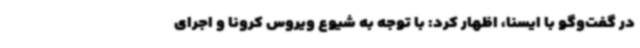
در گفت‌وگو با ایسنا، اظهار کرد: با توجه به شیوع ویروس کرونا و اجرای